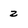
Character: z